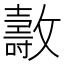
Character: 𣀘